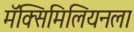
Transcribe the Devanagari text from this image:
मॅक्सिमिलियनला